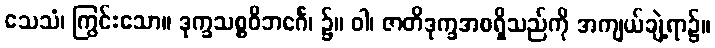
သေသံ၊ ကြွင်းသော။ ဒုက္ခသစ္စဝိဘင်္ဂေ၊ ၌။ ဝါ၊ ဇာတိဒုက္ခအစရှိသည်ကို အကျယ်ချဲ့ရာ၌။